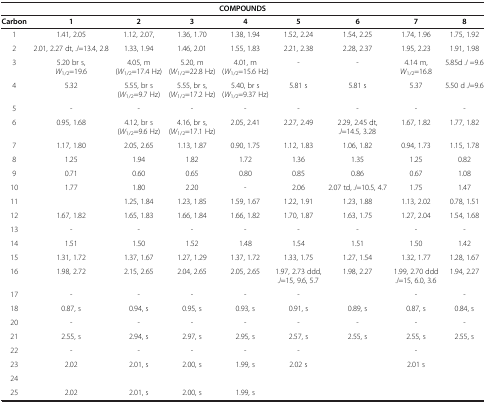
<table><thead><tr><td colspan="9"><b>COMPOUNDS</b></td></tr><tr><td><b>Carbon</b></td><td><b>1</b></td><td><b>2</b></td><td><b>3</b></td><td><b>4</b></td><td><b>5</b></td><td><b>6</b></td><td><b>7</b></td><td><b>8</b></td></tr></thead><tbody><tr><td>1</td><td>1.41, 2.05</td><td>1.12, 2.07,</td><td>1.36, 1.70</td><td>1.38, 1.94</td><td>1.52, 2.24</td><td>1.54, 2.25</td><td>1.74, 1.96</td><td>1.75, 1.92</td></tr><tr><td>2</td><td>2.01, 2.27 dt, <i>J</i>=13.4, 2.8</td><td>1.33, 1.94</td><td>1.46, 2.01</td><td>1.55, 1.83</td><td>2.21, 2.38</td><td>2.28, 2.37</td><td>1.95, 2.23</td><td>1.91, 1.98</td></tr><tr><td>3</td><td>5.20 br s, <i>W</i><sub>1/2</sub>=19.6</td><td>4.05, m (<i>W</i><sub>1/2</sub>=17.4 Hz)</td><td>5.20, m (<i>W</i><sub>1/2</sub>=22.8 Hz)</td><td>4.01, m (<i>W</i><sub>1/2</sub>=15.6 Hz)</td><td>-</td><td>-</td><td>4.14 m, <i>W</i><sub>1/2</sub>=16.8</td><td>5.85d <i>J</i> =9.6</td></tr><tr><td>4</td><td>5.32</td><td>5.55, br s (<i>W</i><sub>1/2</sub>=9.7 Hz)</td><td>5.55, br s, (<i>W</i><sub>1/2</sub>=17.2 Hz)</td><td>5.40, br s (<i>W</i><sub>1/2</sub>=9.37 Hz)</td><td>5.81 s</td><td>5.81 s</td><td>5.37</td><td>5.50 d <i>J</i>=9.6</td></tr><tr><td>5</td><td>-</td><td>-</td><td>-</td><td>-</td><td>-</td><td>-</td><td>-</td><td>-</td></tr><tr><td>6</td><td>0.95, 1.68</td><td>4.12, br s (<i>W</i><sub>1/2</sub>=9.6 Hz)</td><td>4.16, br s, (<i>W</i><sub>1/2</sub>=17.1 Hz)</td><td>2.05, 2.41</td><td>2.27, 2.49</td><td>2.29, 2.45 dt, <i>J</i>=14.5, 3.28</td><td>1.67, 1.82</td><td>1.77, 1.82</td></tr><tr><td>7</td><td>1.17, 1.80</td><td>2.05, 2.65</td><td>1.13, 1.87</td><td>0.90, 1.75</td><td>1.12, 1.83</td><td>1.06, 1.82</td><td>0.94, 1.73</td><td>1.15, 1.78</td></tr><tr><td>8</td><td>1.25</td><td>1.94</td><td>1.82</td><td>1.72</td><td>1.36</td><td>1.35</td><td>1.25</td><td>0.82</td></tr><tr><td>9</td><td>0.71</td><td>0.60</td><td>0.65</td><td>0.80</td><td>0.85</td><td>0.86</td><td>0.67</td><td>1.08</td></tr><tr><td>10</td><td>1.77</td><td>1.80</td><td>2.20</td><td>-</td><td>2.06</td><td>2.07 td, <i>J</i>=10.5, 4.7</td><td>1.75</td><td>1.47</td></tr><tr><td>11</td><td> </td><td>1.25, 1.84</td><td>1.23, 1.85</td><td>1.59, 1.67</td><td>1.22, 1.91</td><td>1.23, 1.88</td><td>1.13, 2.02</td><td>0.78, 1.51</td></tr><tr><td>12</td><td>1.67, 1.82</td><td>1.65, 1.83</td><td>1.66, 1.84</td><td>1.66, 1.82</td><td>1.70, 1.87</td><td>1.63, 1.75</td><td>1.27, 2.04</td><td>1.54, 1.68</td></tr><tr><td>13</td><td>-</td><td>-</td><td>-</td><td>-</td><td>-</td><td>-</td><td>-</td><td>-</td></tr><tr><td>14</td><td>1.51</td><td>1.50</td><td>1.52</td><td>1.48</td><td>1.54</td><td>1.51</td><td>1.50</td><td>1.42</td></tr><tr><td>15</td><td>1.31, 1.72</td><td>1.37, 1.67</td><td>1.27, 1.29</td><td>1.37, 1.72</td><td>1.33, 1.75</td><td>1.27, 1.54</td><td>1.32, 1.77</td><td>1.28, 1.67</td></tr><tr><td>16</td><td>1.98, 2.72</td><td>2.15, 2.65</td><td>2.04, 2.65</td><td>2.05, 2.65</td><td>1.97, 2.73 ddd, <i>J</i>=15, 9.6, 5.7</td><td>1.98, 2.27</td><td>1.99, 2.70 ddd <i>J</i>=15, 6.0, 3.6</td><td>1.94, 2.27</td></tr><tr><td>17</td><td>-</td><td>-</td><td>-</td><td>-</td><td>-</td><td> </td><td>-</td><td>-</td></tr><tr><td>18</td><td>0.87, s</td><td>0.94, s</td><td>0.95, s</td><td>0.93, s</td><td>0.91, s</td><td>0.89, s</td><td>0.87, s</td><td>0.84, s</td></tr><tr><td>20</td><td>-</td><td>-</td><td>-</td><td>-</td><td>-</td><td>-</td><td>-</td><td>-</td></tr><tr><td>21</td><td>2.55, s</td><td>2.94, s</td><td>2.97, s</td><td>2.95, s</td><td>2.57, s</td><td>2.55, s</td><td>2.55, s</td><td>2.55, s</td></tr><tr><td>22</td><td>-</td><td>-</td><td>-</td><td>-</td><td>-</td><td> </td><td>-</td><td> </td></tr><tr><td>23</td><td>2.02</td><td>2.01, s</td><td>2.00, s</td><td>1.99, s</td><td>2.02 s</td><td> </td><td>2.01 s</td><td> </td></tr><tr><td>24</td><td> </td><td> </td><td> </td><td> </td><td> </td><td> </td><td> </td><td> </td></tr><tr><td>25</td><td>2.02</td><td>2.01, s</td><td>2.00, s</td><td>1.99, s</td><td> </td><td> </td><td> </td><td> </td></tr></tbody></table>